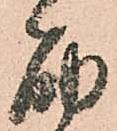
筋